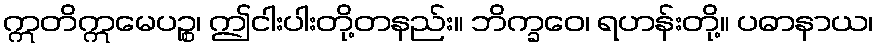
ဣတိဣမေပဉ္စ၊ ဤငါးပါးတို့တနည်း။ ဘိက္ခဝေ၊ ရဟန်းတို့။ ပဓာနာယ၊